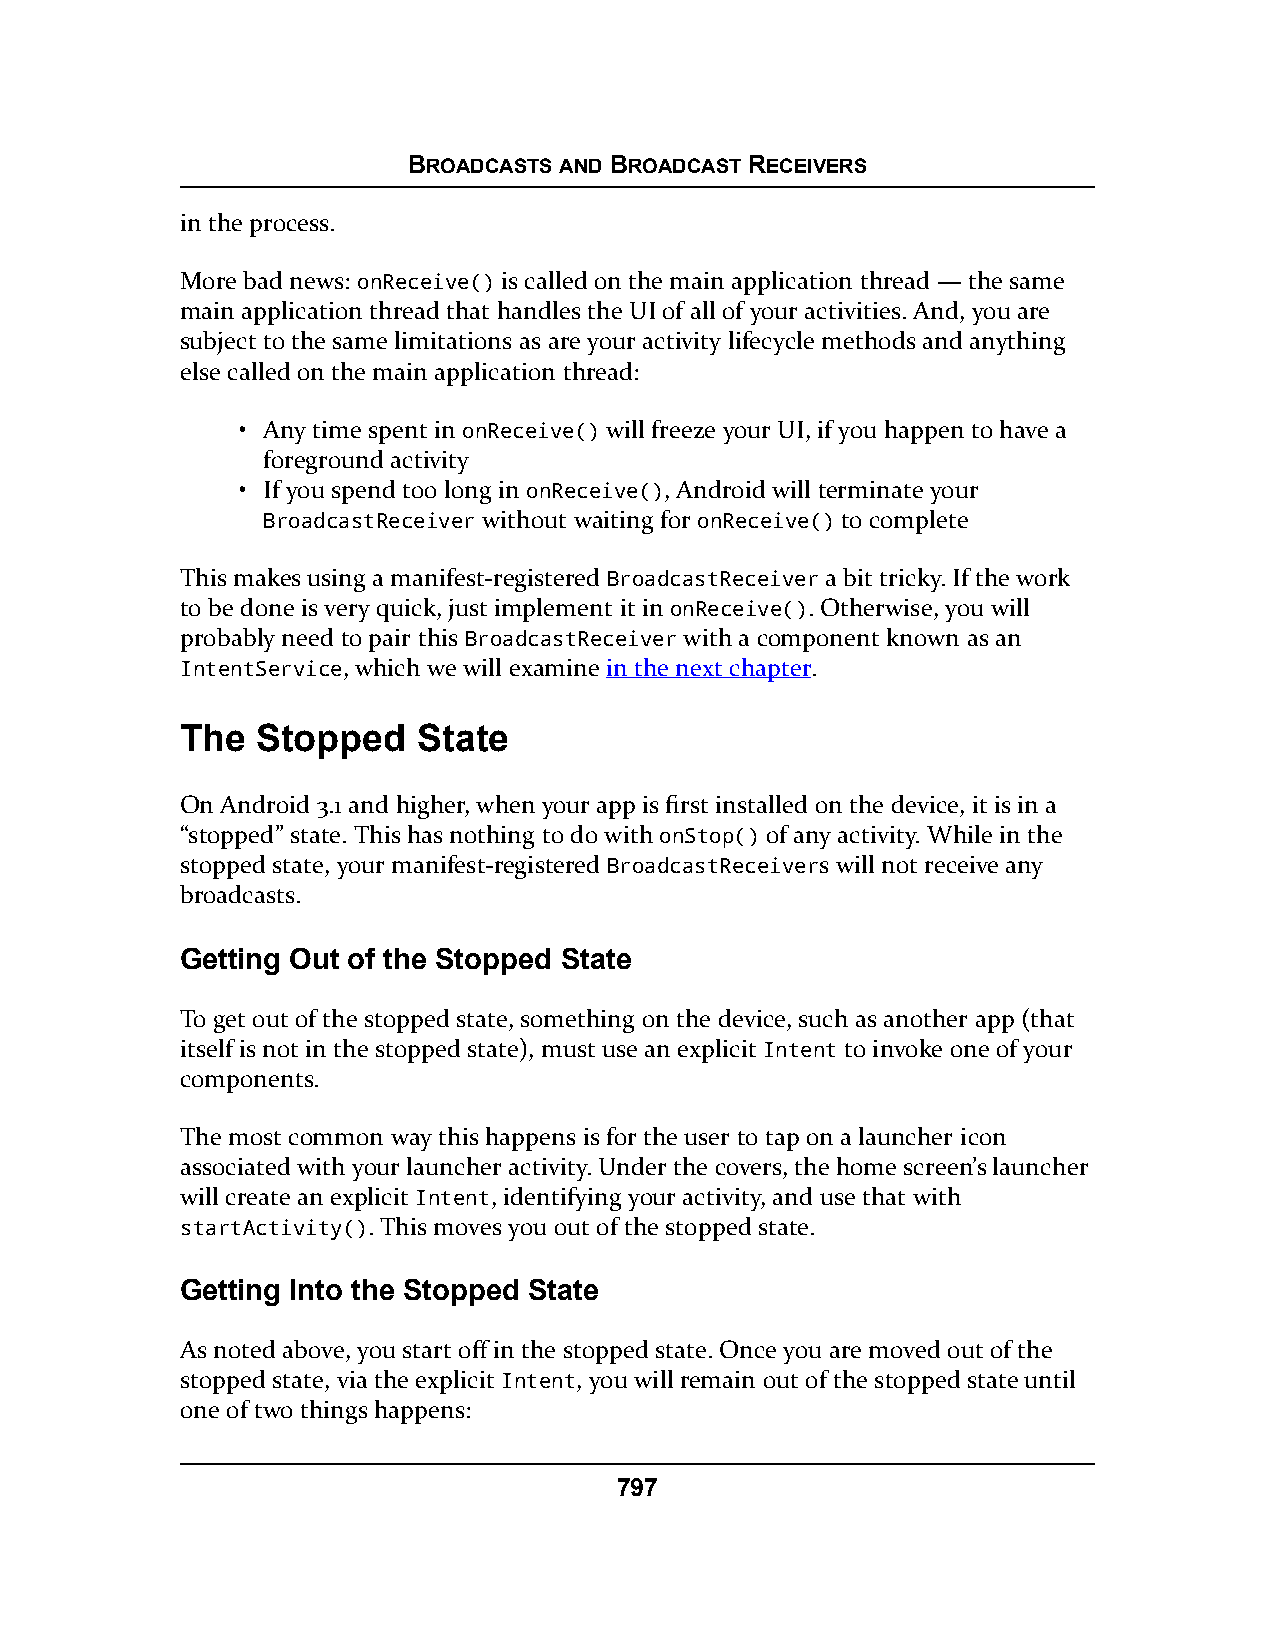
BROADCASTS AND BROADCAST RECEIVERS
 in the process.
 More bad news: onReceive() is called on the main application thread — the same
 main application thread that handles the UI of all of your activities. And, you are
 subject to the same limitations as are your activity lifecycle methods and anything
 else called on the main application thread:
 • Any time spent in onReceive() will freeze your UI, if you happen to have a
 foreground activity
 • If you spend too long in onReceive(), Android will terminate your
 BroadcastReceiver without waiting for onReceive() to complete
 This makes using a manifest-registered BroadcastReceiver a bit tricky. If the work
 to be done is very quick, just implement it in onReceive(). Otherwise, you will
 probably need to pair this BroadcastReceiver with a component known as an
 IntentService, which we will examine in the next chapter.
 The  Stopped    State
 On Android 3.1 and higher, when your app is first installed on the device, it is in a
 “stopped” state. This has nothing to do with onStop() of any activity. While in the
 stopped state, your manifest-registered BroadcastReceivers will not receive any
 broadcasts.
 Getting Out of the Stopped State
 To get out of the stopped state, something on the device, such as another app (that
 itself is not in the stopped state), must use an explicit Intent to invoke one of your
 components.
 The most common way this happens is for the user to tap on a launcher icon
 associated with your launcher activity. Under the covers, the home screen’s launcher
 will create an explicit Intent, identifying your activity, and use that with
 startActivity(). This moves you out of the stopped state.
 Getting Into the Stopped State
 As noted above, you start off in the stopped state. Once you are moved out of the
 stopped state, via the explicit Intent, you will remain out of the stopped state until
 one of two things happens:
 797